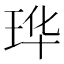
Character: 𮴔